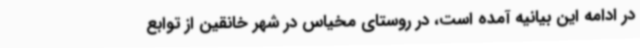
در ادامه این بیانیه آمده است، در روستای مخیاس در شهر خانقین از توابع